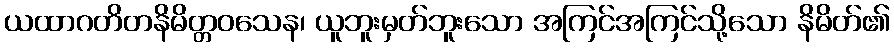
ယထာဂတိတနိမိတ္တဝသေန၊ ယူဘူးမှတ်ဘူးသော အကြင်အကြင်သို့သော နိမိတ်၏